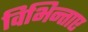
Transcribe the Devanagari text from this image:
विभिन्ताए